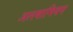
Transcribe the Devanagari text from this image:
अलबामियन